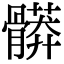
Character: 𩪎